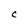
Character: C